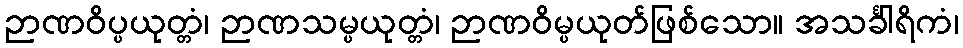
ဉာဏဝိပ္ပယုတ္တံ၊ ဉာဏသမ္ပယုတ္တံ၊ ဉာဏဝိမ္ပယုတ်ဖြစ်သော။ အသင်္ခါရိကံ၊